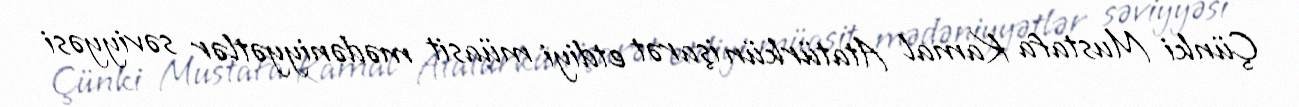
Çünki Mustafa Kamal Atatürkün işarət etdiyi müasit mədəniyyətlər səviyyəsi